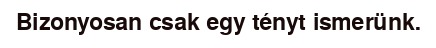
Bizonyosan csak egy tényt ismerünk.